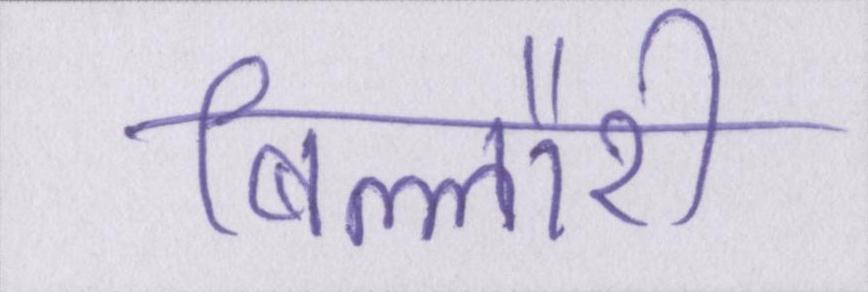
बिल्लौरी